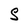
Character: S